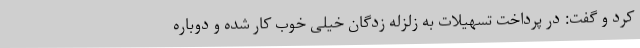
کرد و گفت: در پرداخت تسهیلات به زلزله زدگان خیلی خوب کار شده و دوباره